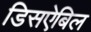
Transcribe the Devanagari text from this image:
डिसऐबिल